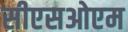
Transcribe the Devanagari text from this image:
सीएसओएम